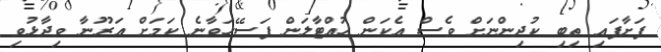
ފަށާފައި ތިބި ކުދިންނަށް ވެސް އެކަން ހުއްޓާލަން ފަސޭހަވާނެ ކަމަށް އަރޫނާ ވިދާޅުވި